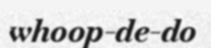
whoop-de-do